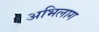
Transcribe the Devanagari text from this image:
अभिलाग